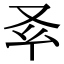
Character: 𠬯